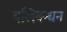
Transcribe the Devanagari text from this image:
बलिबन्धन